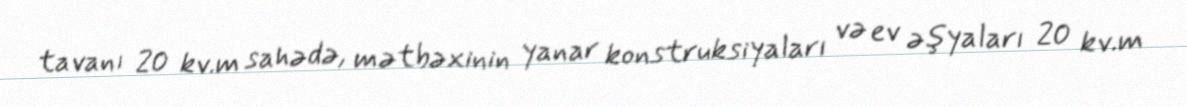
tavanı 20 kv.m sahədə, mətbəxinin yanar konstruksiyaları və ev əşyaları 20 kv.m